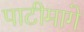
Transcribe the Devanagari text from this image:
पाटीमागे